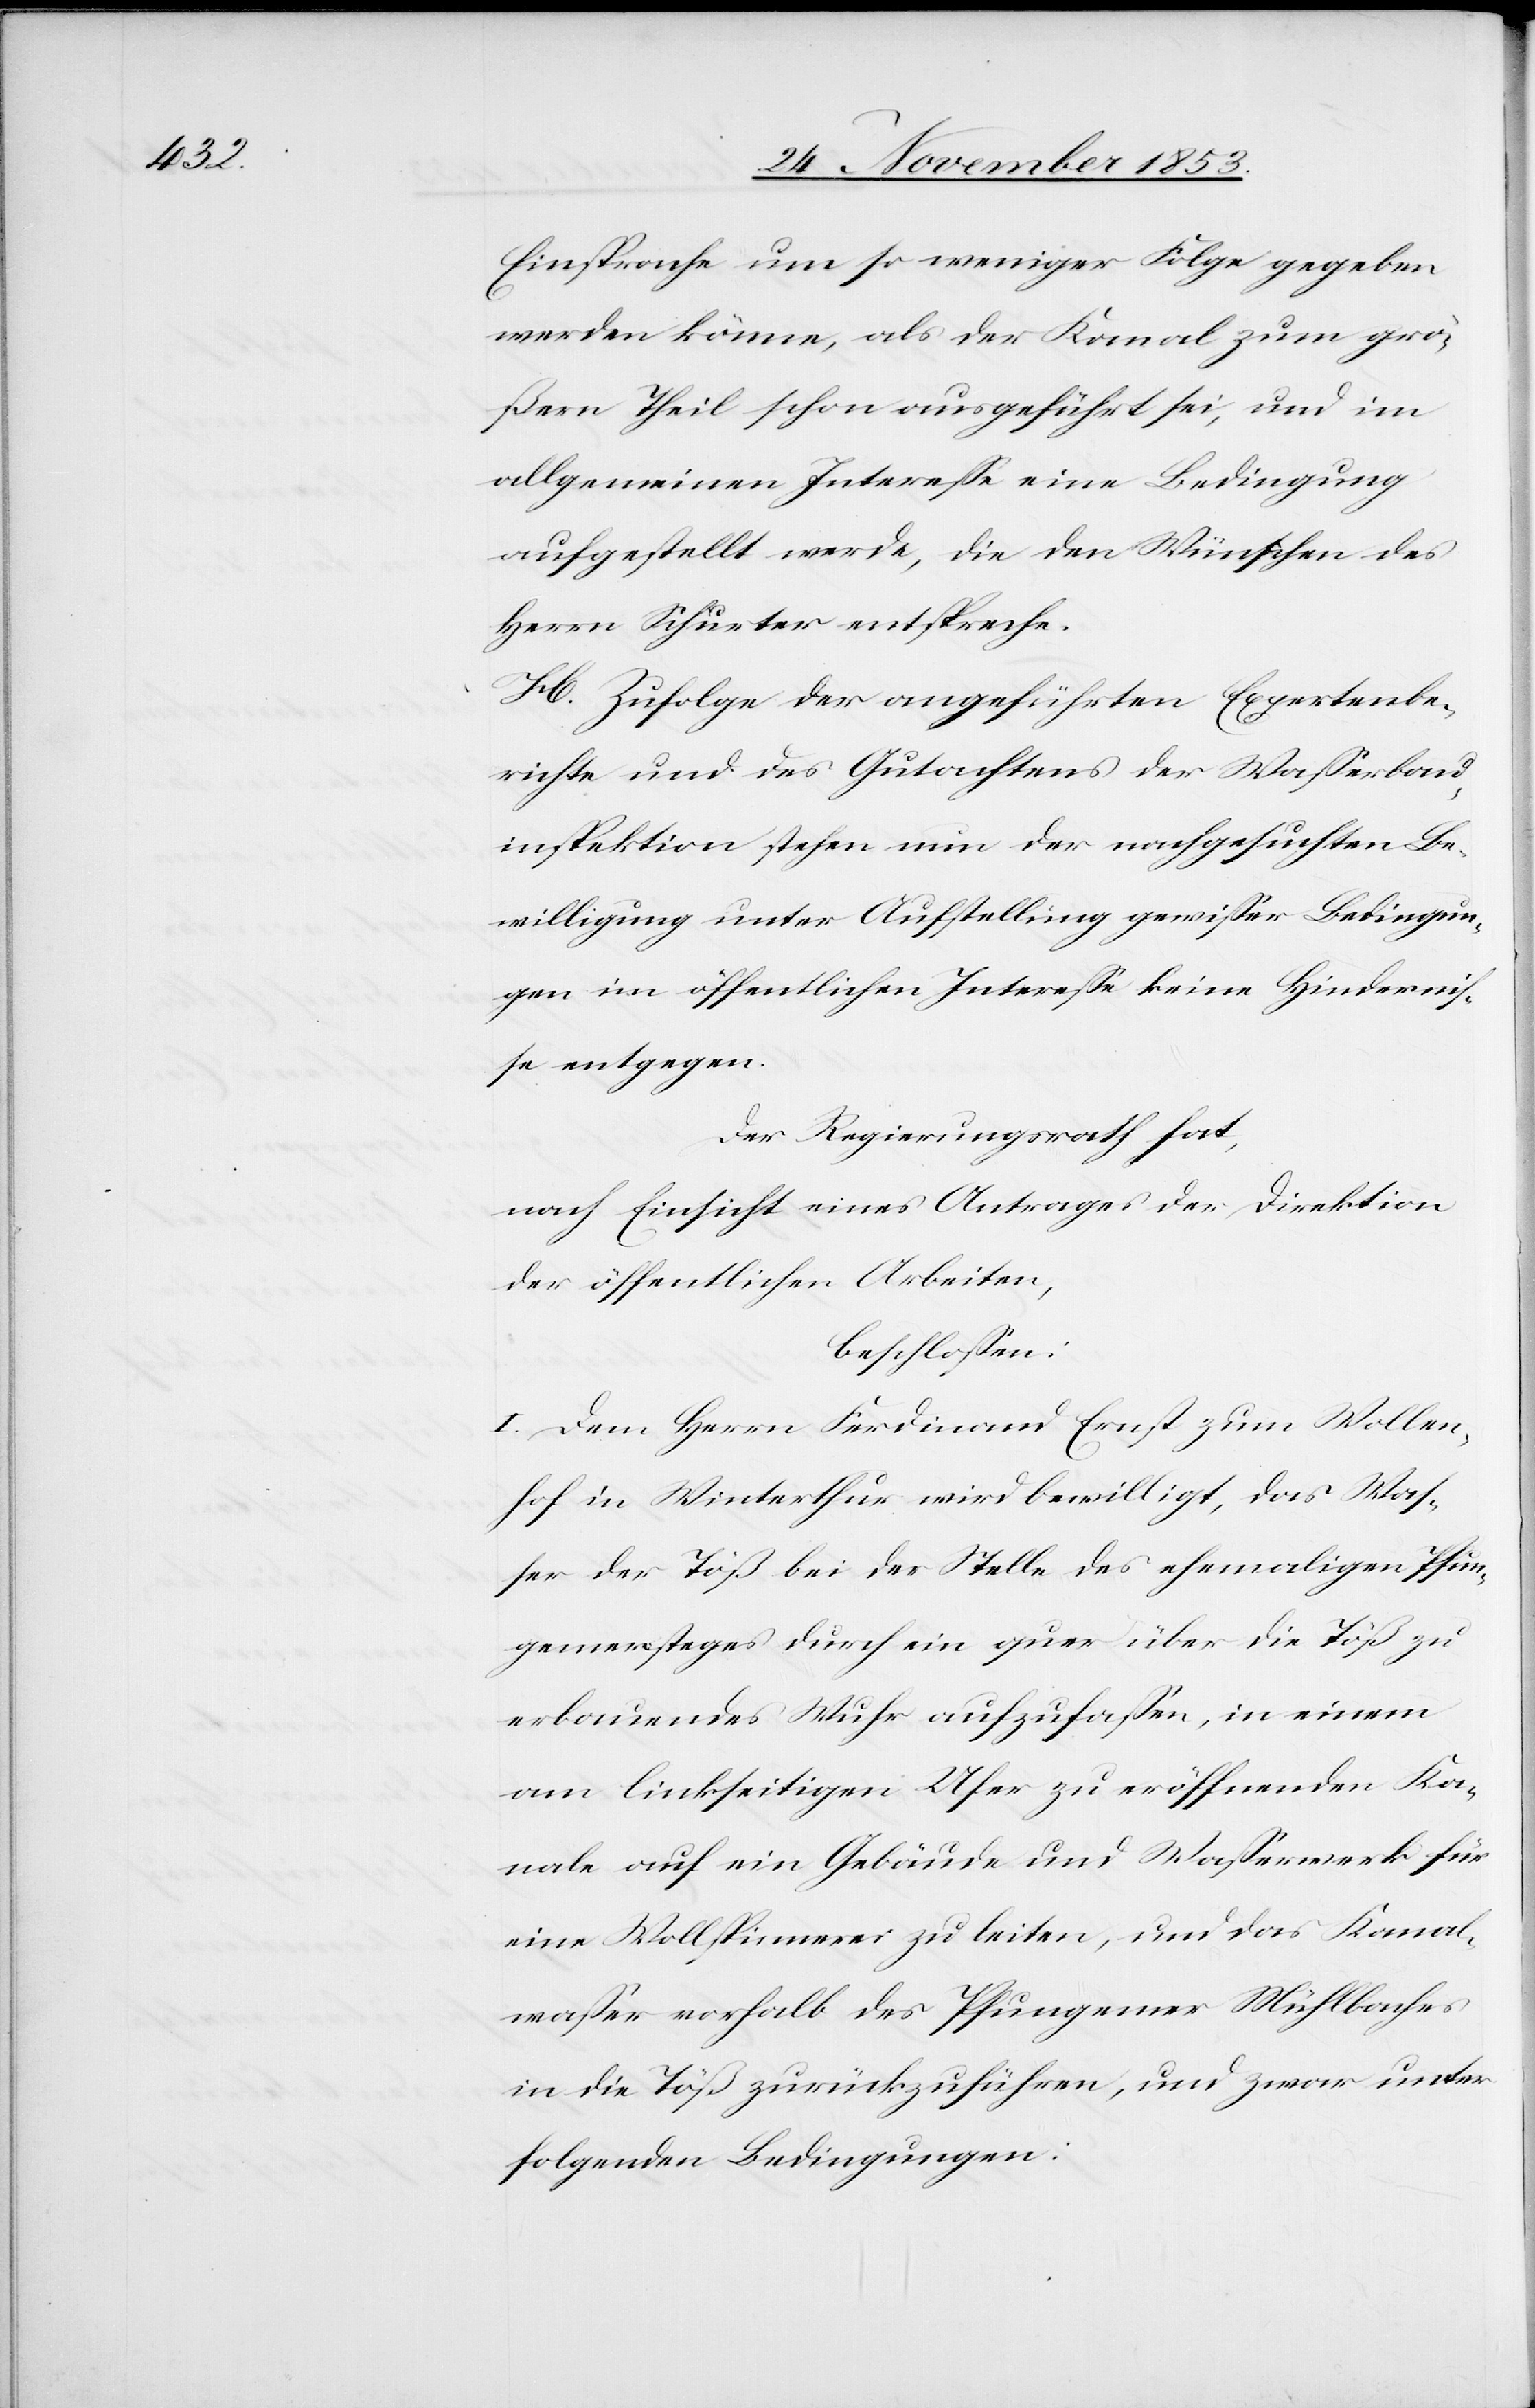
Einsprache um so weniger Folge gegeben
werden könne, als der Kanal zum grö¬
ßern Theil schon ausgeführt sei, und im
allgemeinen Intereße eine Bedingung
aufgestellt werde, die den Wünschen des
Herrn Schurter entspreche.
H. Zufolge der angeführten Expertenbe¬
richte und des Gutachtens der Waßerbau¬
inspektion stehen nun der nachgesuchten Be¬
willigung unter Aufstellung gewißer Bedingun¬
gen im öffentlichen Intereße keine Hinderniß¬
e entgegen.
Der Regierungsrath hat,
nach Einsicht eines Antrages der Direktion
der öffentlichen Arbeiten,
beschloßen:
I. Dem Herrn Ferdinand Ernst zum Wollen¬
hof in Winterthur wird bewilligt, das Waß¬
er der Töß bei der Stelle des ehemaligen Pfun¬
genersteges durch ein quer über die Töß zu
erbauendes Wuhr aufzufaßen, in einem
am linkseitigen Ufer zu eröffnenden Ka¬
nale auf ein Gebäude und Waßerwerk für
eine Wollspinnerei zu leiten, und das Kanal¬
waßer vorhalb des Pfungener Mühlbaches
in die Töß zurückzuführen, und zwar unter
folgenden Bedingungen: